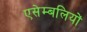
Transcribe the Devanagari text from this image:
एसेम्बलियों